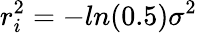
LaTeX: r_{i}^{2}=-ln(0.5)\sigma^{2}